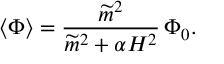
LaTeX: \langle \Phi \rangle = \frac { \widetilde { m } ^ { 2 } } { \widetilde { m } ^ { 2 } + \alpha H ^ { 2 } } \, \Phi _ { 0 } .